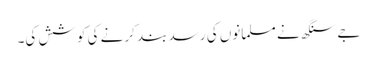
جے سنگھ نے مسلمانوں کی رسد بند کرنے کی کوشش کی۔